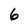
Character: 6